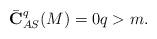
LaTeX: \begin{align*}\bar{\bf C}_{AS}^q(M) =0 q>m.\end{align*}